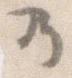
の